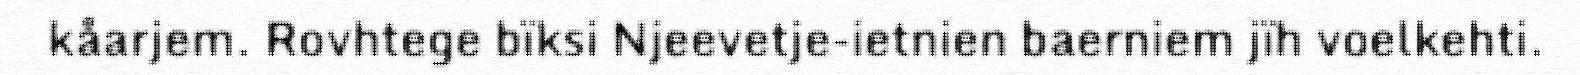
kåarjem. Rovhtege bïksi Njeevetje-ietnien baerniem jïh voelkehti.